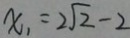
x _ { 1 } = 2 \sqrt { 2 } - 2